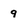
Character: 9